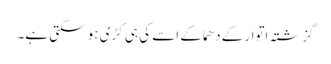
گزشتہ اتوار کے دھماکے اسے کی ہی کڑی ہو سکتی ہے۔